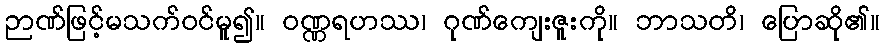
ဉာဏ်ဖြင့်မသက်ဝင်မူ၍။ ဝဏ္ဏရဟဿ၊ ဂုဏ်ကျေးဇူးကို။ ဘာသတိ၊ ပြောဆို၏။